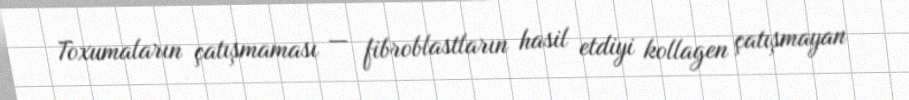
Toxumaların çatışmaması — fibroblastların hasil etdiyi kollagen çatışmayan